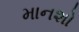
માનશો